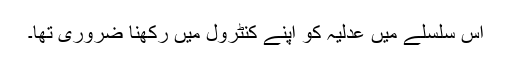
اس سلسلے میں عدلیہ کو اپنے کنٹرول میں رکھنا ضروری تھا۔